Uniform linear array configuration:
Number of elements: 24
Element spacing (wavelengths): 0.75
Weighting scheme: uniform
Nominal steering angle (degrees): -30
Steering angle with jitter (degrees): -29.119
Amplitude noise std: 0.05
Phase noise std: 0.05

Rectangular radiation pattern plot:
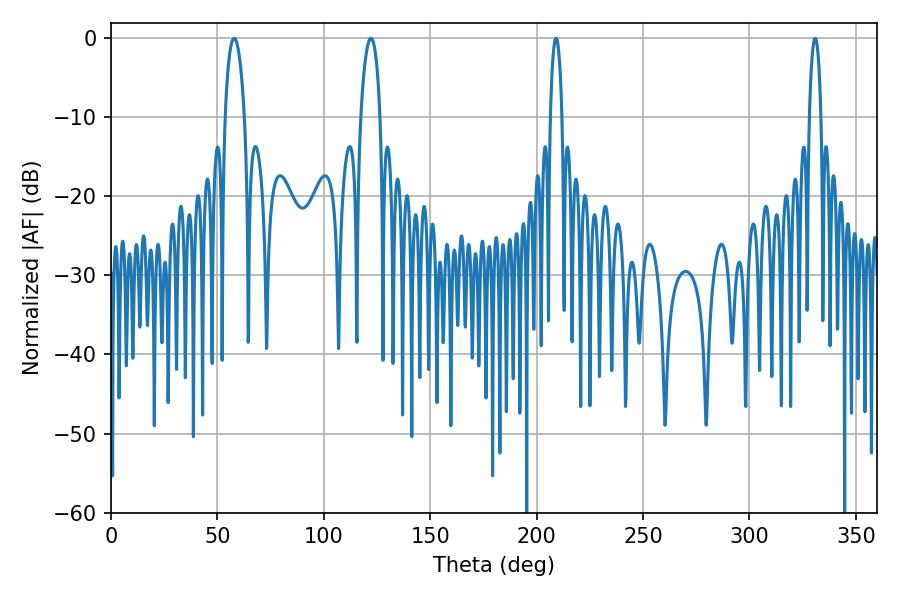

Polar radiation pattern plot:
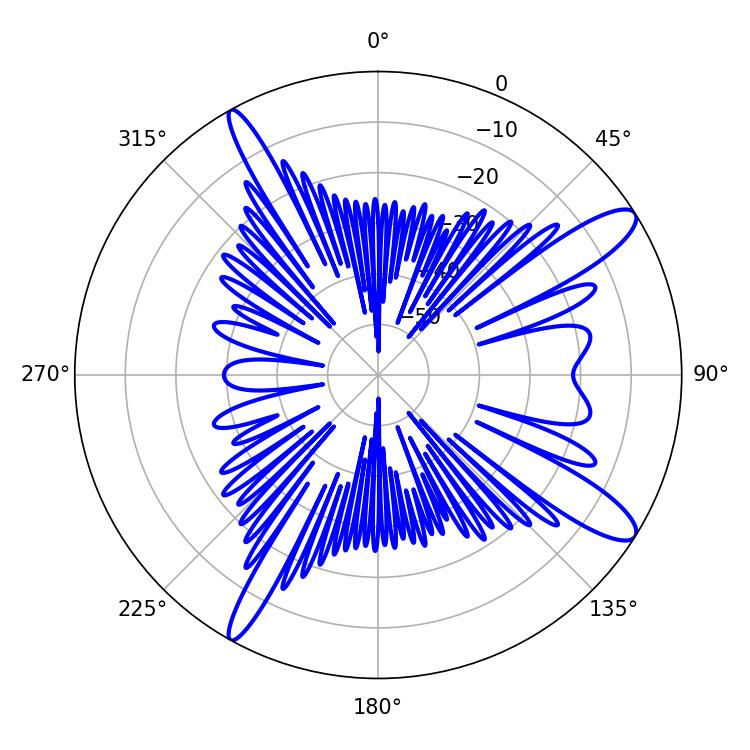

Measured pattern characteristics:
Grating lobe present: TRUE
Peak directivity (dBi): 12.363
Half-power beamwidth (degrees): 3.06
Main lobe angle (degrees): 330.84